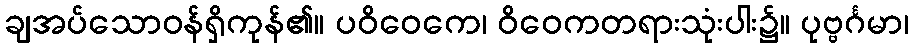
ချအပ်သောဝန်ရှိကုန်၏။ ပဝိဝေကေ၊ ဝိဝေကတရားသုံးပါး၌။ ပုဗ္ဗင်္ဂမာ၊